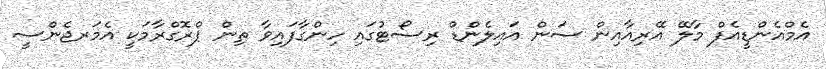
އެމްއެންޑީއެފް މާލޭ އޭރިއާއިން ސަން އައިލެންޑް ރިސޯޓުގައި ހިންގާފައިވާ ތިން ޕްރޮގްރާމަކީ އެމަރޖެންސީ